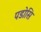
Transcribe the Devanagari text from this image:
पडोसि